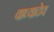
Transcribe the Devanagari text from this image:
वाघ्यादेव